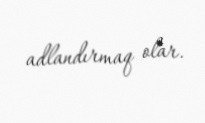
adlandırmaq olar.